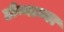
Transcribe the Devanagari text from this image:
होन्नाम्मा